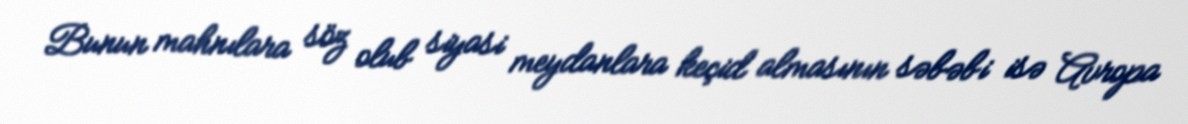
Bunun mahnılara söz olub siyasi meydanlara keçid almasının səbəbi isə Avropa